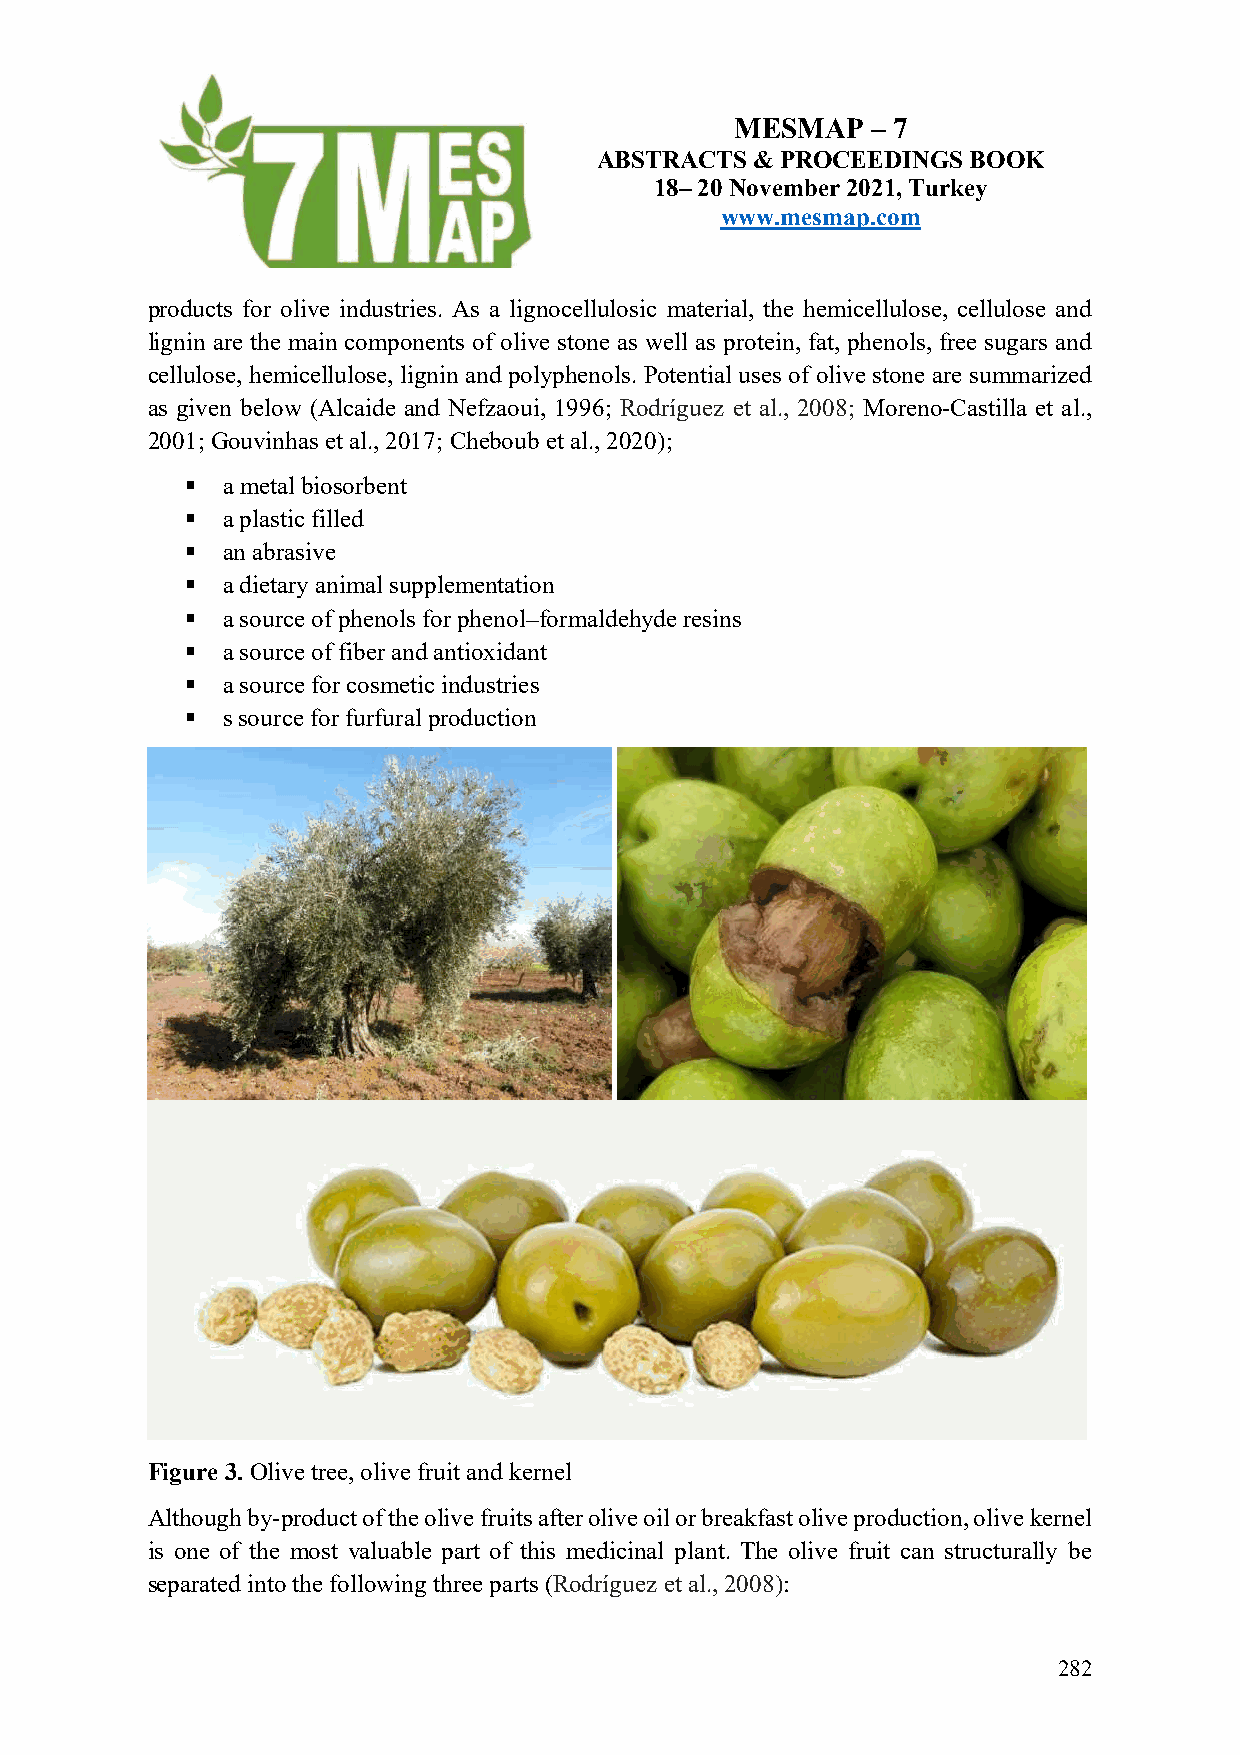
MESMAP   – 7
 ABSTRACTS  & PROCEEDINGS BOOK
 18– 20 November 2021, Turkey
 www.mesmap.com
 products for olive industries. As a lignocellulosic material, the hemicellulose, cellulose and
 lignin are the main components of olive stone as well as protein, fat, phenols, free sugars and
 cellulose, hemicellulose, lignin and polyphenols. Potential uses of olive stone are summarized
 as given below (Alcaide and Nefzaoui, 1996; Rodríguez et al., 2008; Moreno-Castilla et al.,
 2001; Gouvinhas et al., 2017; Cheboub et al., 2020);
 §  a metal biosorbent
 §  a plastic filled
 §  an abrasive
 §  a dietary animal supplementation
 §  a source of phenols for phenol–formaldehyde resins
 §  a source of fiber and antioxidant
 §  a source for cosmetic industries
 §  s source for furfural production
 Figure 3. Olive tree, olive fruit and kernel
 Although by-product of the olive fruits after olive oil or breakfast olive production, olive kernel
 is one of the most valuable part of this medicinal plant. The olive fruit can structurally be
 separated into the following three parts (Rodríguez et al., 2008):
 282